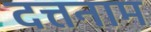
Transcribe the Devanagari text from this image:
दत्तनाम